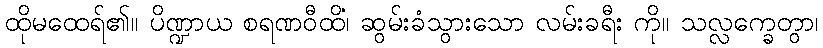
ထိုမထေရ်၏။ ပိဏ္ဍာယ စရဏဝီထိံ၊ ဆွမ်းခံသွားသော လမ်းခရီး ကို။ သလ္လက္ခေတွာ၊